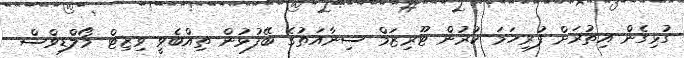
ގުޅިގެން އިތުރަށް ފުރިހަމަ ކުރުން ޓޫރިޒަމް ސިނާއަތުގެ ބޭފުޅުން ތިއްބެވީ ވިޒިޓް މޯލްޑިވްސް